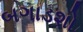
બગાડશો